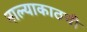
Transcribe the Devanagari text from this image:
नाल्याकाठची